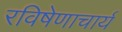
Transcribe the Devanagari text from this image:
रविषेणाचार्य